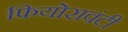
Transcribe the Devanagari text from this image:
फियोरावंटी